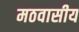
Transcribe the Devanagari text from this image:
मठवासीय